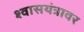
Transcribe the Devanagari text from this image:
श्वासयंत्रावर